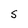
Character: s